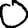
Digit: 0